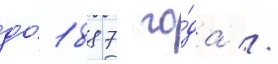
до́ 1887 го́да //